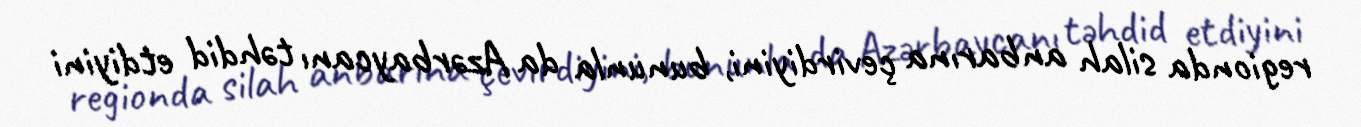
regionda silah anbarına çevirdiyini, bununla da Azərbaycanı təhdid etdiyini